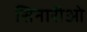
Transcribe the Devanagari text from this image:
सिनारीओ